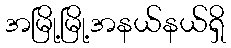
အမြို့မြို့အနယ်နယ်ရှိ